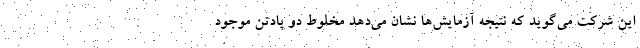
این شرکت می‌گوید که نتیجه آزمایش‌ها نشان می‌دهد مخلوط دو پادتن موجود